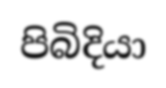
පිබිදියා